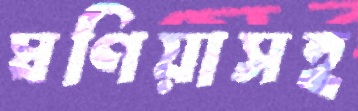
ঘণিয়াসহ